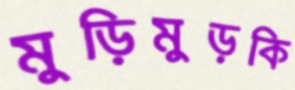
মুড়িমুড়কি